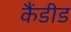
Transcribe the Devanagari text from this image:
कैंडीड